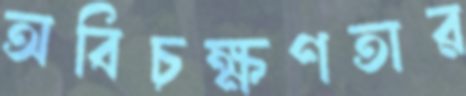
অবিচক্ষণতার